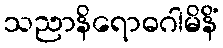
သညာနိရောဓဂါမိနိံ